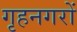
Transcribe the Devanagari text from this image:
गृहनगरों